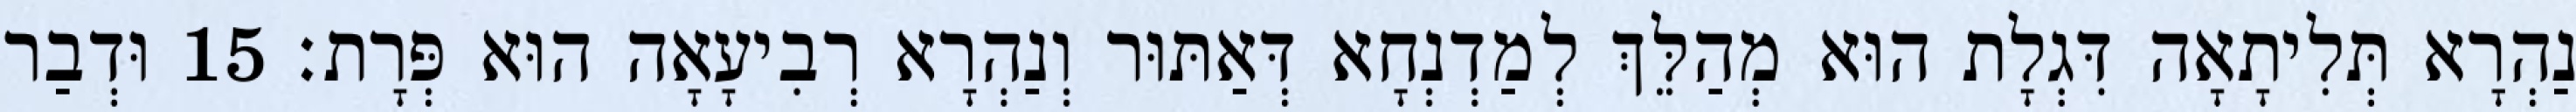
נַהְרָא תְּלִיתָאָה דִּגְלָת הוּא מְהַלֵּךְ לְמַדְנְחָא דְּאַתּוּר וְנַהְרָא רְבִיעָאָה הוּא פְּרָת׃ 15 וּדְבַר